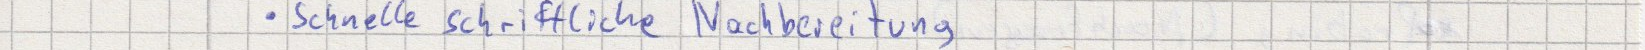
schnelle schriftliche Nachbereitung